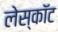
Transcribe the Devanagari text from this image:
लेस्कॉट